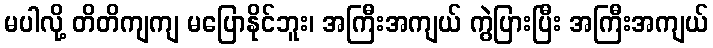
မပါလို့ တိတိကျကျ မပြောနိုင်ဘူး၊ အကြီးအကျယ် ကွဲပြားပြီး အကြီးအကျယ်